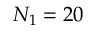
N _ { 1 } = 2 0